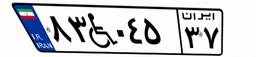
۲۶W۸۱۸۶۰